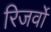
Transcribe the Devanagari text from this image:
रिजर्वो